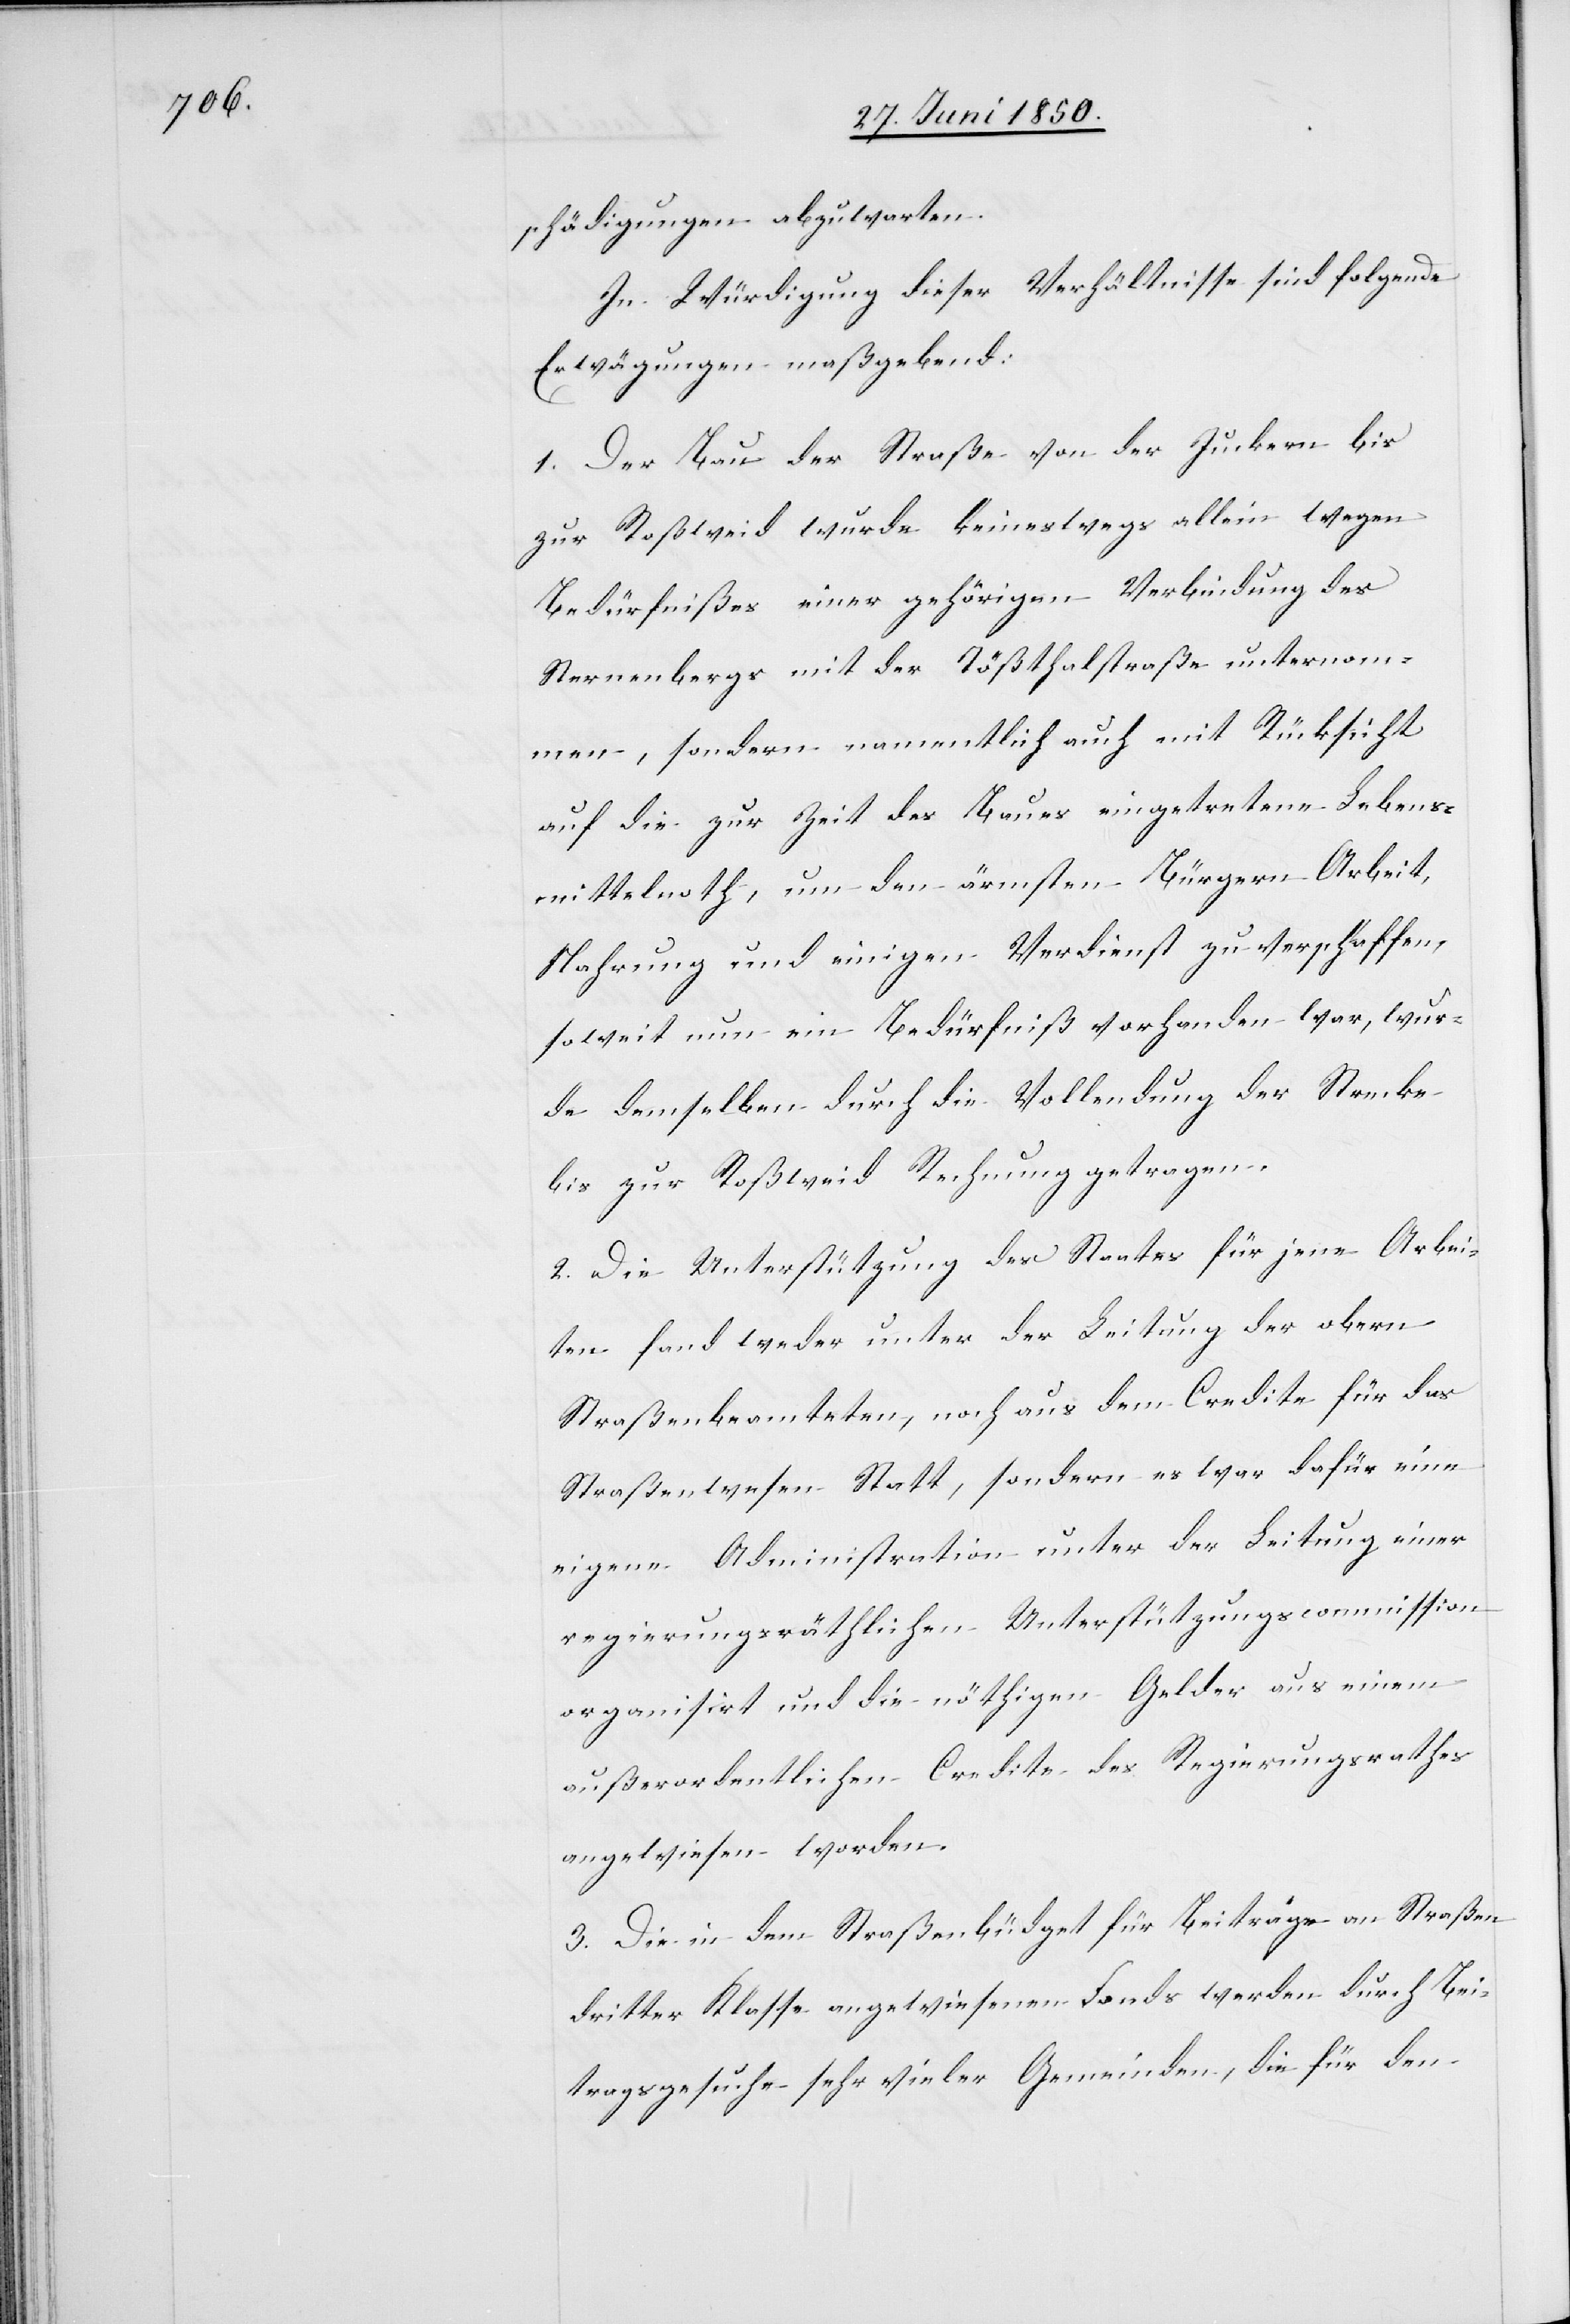
schädigungen abzuwarten.
In Würdigung dieser Verhältnisse sind folgende
Erwägungen maßgebend:
1. Der Bau der Straße von der Juckern bis
zur Roßweid wurde keineswegs allein wegen
Bedürfnißes einer gehörigen Verbindung des
Sternenbergs mit der Tößthalstraße unternom¬
men, sondern namentlich auch mit Rücksicht
auf die zur Zeit des Baues eingetretene Lebens¬
mittelnoth, um den ärmsten Bürgern Arbeit,
Nahrung und einigen Verdienst zu verschaffen,
soweit nun ein Bedürfniß vorhanden war, wur¬
de demselben durch die Vollendung der Strecke
bis zur Roßweid Rechnung getragen.
2. Die Unterstützung des Staates für jene Arbei¬
ten fand weder unter der Leitung der obern
Straßenbeamteten, noch aus dem Credite für das
Straßenwesen Statt, sondern es war dafür eine
eigene Administration unter der Leitung einer
regierungsräthlichen Unterstützungscommission
organisirt und die nöthigen Gelder aus einem
außerordentlichen Credite des Regierungsrathes
angewiesen worden.
3. Die in dem Straßenbüdget für Beiträge an Straßen
dritter Klasse angewiesenen Fonds werden durch Bei¬
tragsgesuche sehr vieler Gemeinden, die für den